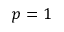
p = 1